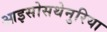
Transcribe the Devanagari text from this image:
आइसोसथेनुरिया